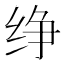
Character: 𰬑